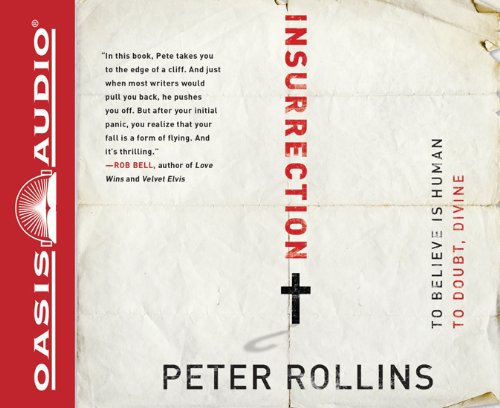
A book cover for Insurrection: To Believe is Human To Doubt, Divine; Peter Rollins; Religion & Spirituality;